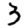
Digit: 3